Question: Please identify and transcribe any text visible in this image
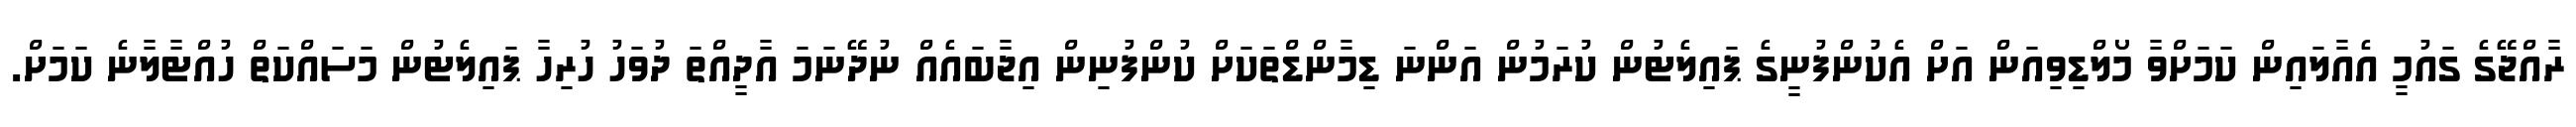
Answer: ރާއްޖޭގެ ގައުމީ އެއާލައިން ކަމަށްވާ މޯލްޑިވިއަން އަށް އެކުންފުނީގެ ޕައިލެޓުން ކުރަމުން އަންނަ ޑިމާންޑްތަކަށް ކުންފުނިން އިޖާބައެއް ނުދޭނަމަ އާދީއްތަ ދުވަހު ހުރިހާ ޕައިލެޓުން މަސައްކަތް ހުއްޓާލާނެ ކަމަށް.